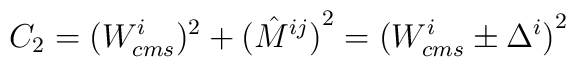
C_2 = ({W_{cms}^i})^2+{(\hat{M}^{ij})}^2 ={(W^i_{cms}\pm\Delta^i)}^2